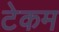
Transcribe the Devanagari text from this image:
टेकम